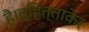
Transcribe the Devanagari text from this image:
है।व्हित्ताकेर